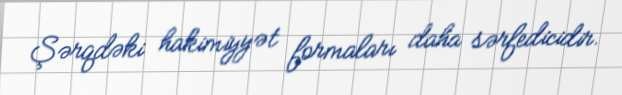
Şərqdəki hakimiyyət formaları daha sərfedicidir.